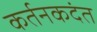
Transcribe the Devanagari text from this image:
कर्तनकदंत